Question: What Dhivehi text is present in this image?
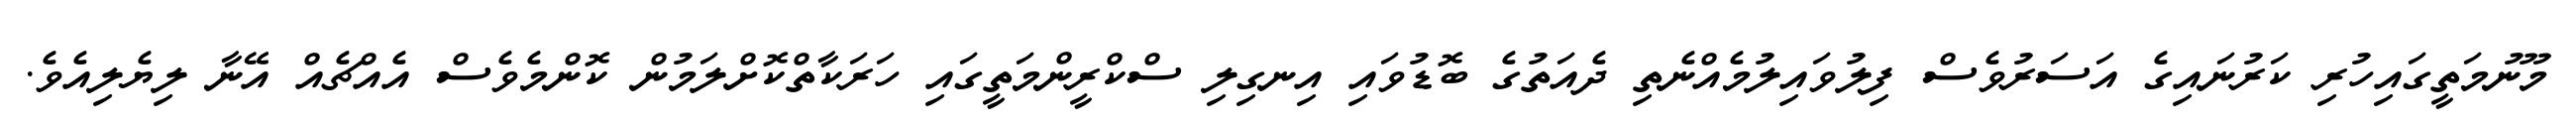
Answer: މޫނުމަތީގައިހުރި ކަރުނައިގެ އަސަރުވެސް ފިލުވައިލުމެއްނެތި ދެއަތުގެ ބޮޑުވައި އިނގިލި ސްކްރީންމަތީގައި ހަރަކާތްކޮށްލަމުން ކޮންމެވެސް އެއްޗެއް އޭނާ ލިޔެލިއެވެ.